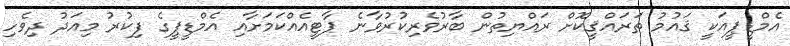
އެމްޑީޕީއަކީ ޤައުމު ތަރައްޤީކޮށް ރައްޔިތުން ބާރުވެރިކުރުވާނެ ޕާޓީއެއްކަމަށާއި އެމްޑީޕީގެ ފިކުރު މިއަދު ދިވެހި